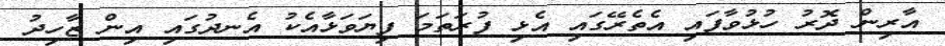
އާރިން ދޮރު ހުޅުވާފައި އެތެރޭގައި އެޅި ފުރަތަމަ ފިޔަވަޅާއެކު އެނދުގައި އިން ޒާހިދު